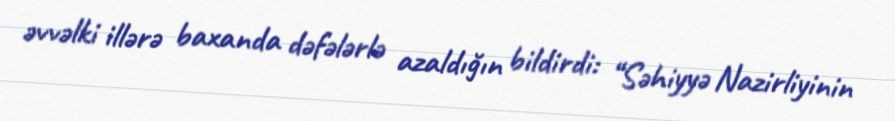
əvvəlki illərə baxanda dəfələrlə azaldığın bildirdi: “Səhiyyə Nazirliyinin